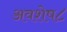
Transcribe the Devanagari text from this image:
अवशेष८